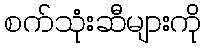
စက်သုံးဆီများကို